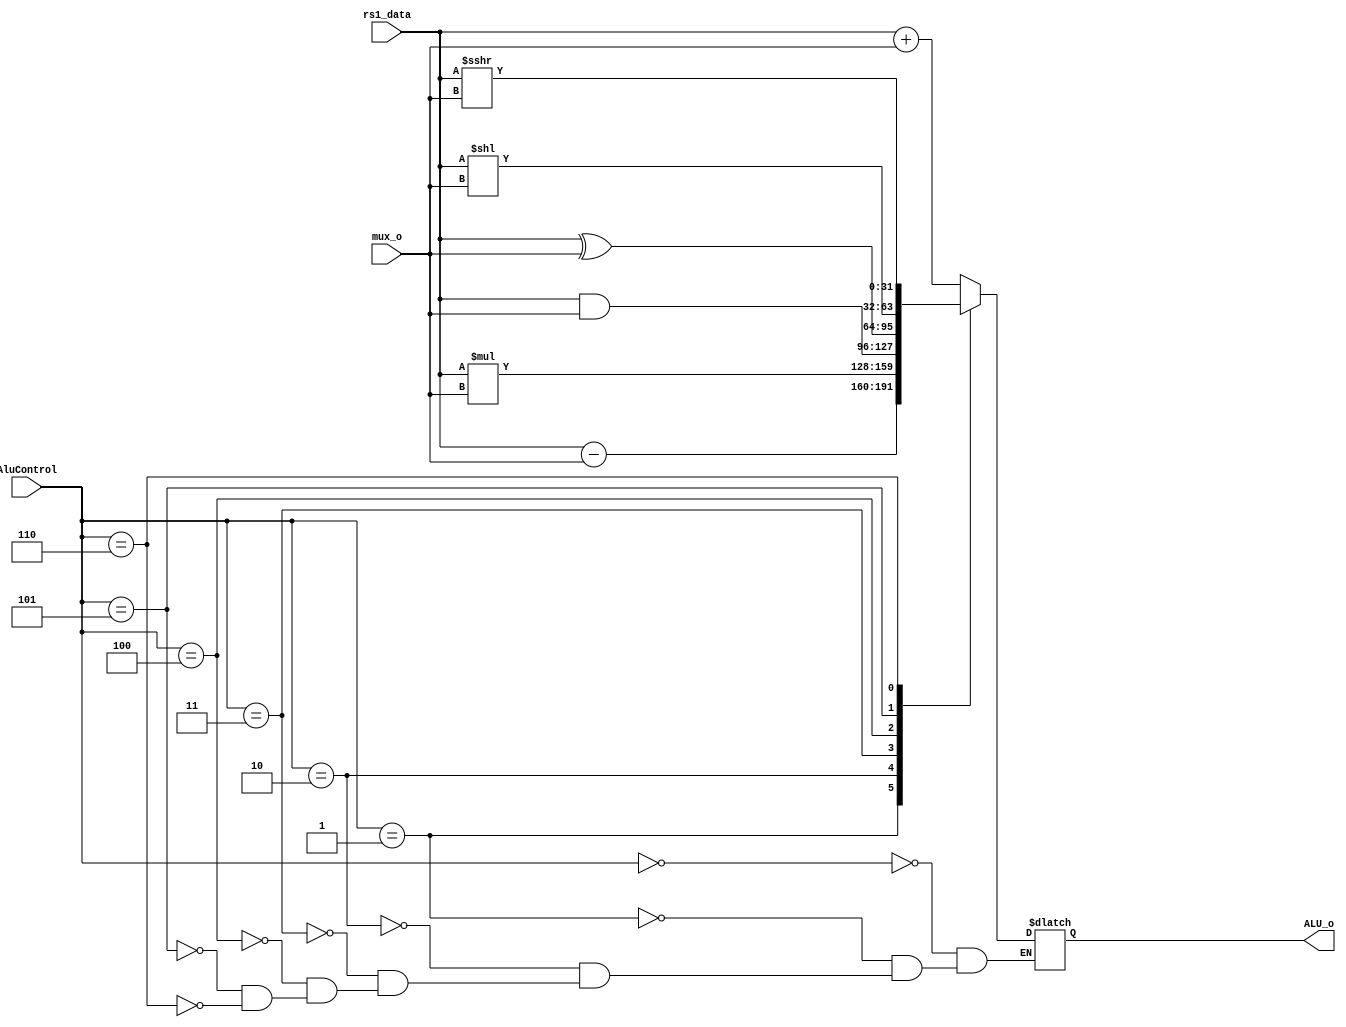
`define ADD 3'b000
`define SUB 3'b001
`define MUL 3'b010
`define AND 3'b011
`define XOR 3'b100
`define SL  3'b101
`define SR  3'b110
`define WRONG 3'b111

module ALU(
    input signed [31 : 0] rs1_data, mux_o,
    input [2 : 0] AluControl,
    output reg [31 : 0] ALU_o
);

always @(*) begin
    case(AluControl)
        `ADD: ALU_o = rs1_data + mux_o;
        `SUB: ALU_o = rs1_data - mux_o;
        `MUL: ALU_o = rs1_data * mux_o;
        `AND: ALU_o = rs1_data & mux_o;
        `XOR: ALU_o = rs1_data ^ mux_o;
        `SL: ALU_o = rs1_data << mux_o;
        `SR: ALU_o = rs1_data >>> mux_o;
    endcase
end


endmodule